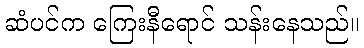
ဆံပင်က ကြေးနီရောင် သန်းနေသည်။